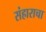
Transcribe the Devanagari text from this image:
संहाराचा